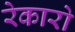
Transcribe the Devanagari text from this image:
रेकारो